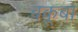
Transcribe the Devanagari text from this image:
बकूबा